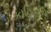
કાહિલાએ